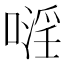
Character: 𠽍